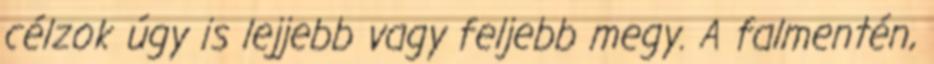
célzok úgy is lejjebb vagy feljebb megy. A falmentén,